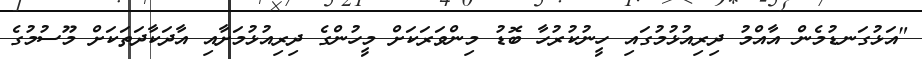
"އަޅުގަނޑުމެން އާއްމު ދިރިއުޅުމުގައި ހީނުކުރުހާ ބޮޑު މިންވަރަކަށް މީހުންގެ ދިރިއުޅުމަށާއި އާދަކާދަތަކަށް މޫސުމުގެ